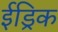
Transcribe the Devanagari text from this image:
ईड्रिक